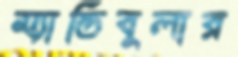
ম্যান্ডিবুলার